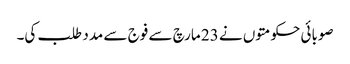
صوبائی حکومتوں نے 23 مارچ سے فوج سے مدد طلب کی۔